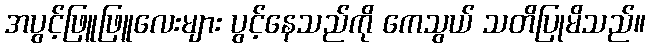
အပွင့်ဖြူဖြူလေးများ ပွင့်နေသည်ကို ကေသွယ် သတိပြုမိသည်။